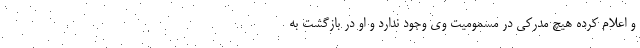
و اعلام کرده هیچ مدرکی در مسمومیت وی وجود ندارد و او در بازگشت به